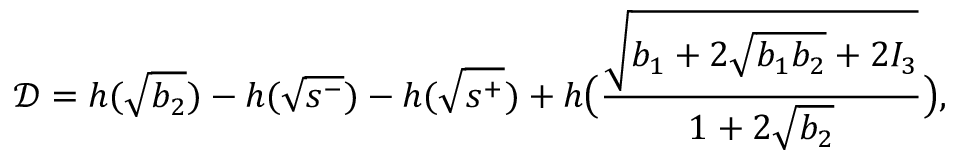
\mathcal { D } = h ( \sqrt { b _ { 2 } } ) - h ( \sqrt { s ^ { - } } ) - h ( \sqrt { s ^ { + } } ) + h \big ( \frac { \sqrt { b _ { 1 } + 2 \sqrt { b _ { 1 } b _ { 2 } } + 2 I _ { 3 } } } { 1 + 2 \sqrt { b _ { 2 } } } \big ) ,